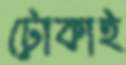
টোকাই